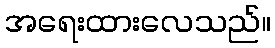
အရေးထားလေသည်။